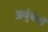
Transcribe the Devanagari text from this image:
अनुंबंधों